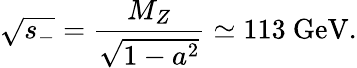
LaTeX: \sqrt{s_{-}}=\frac{M_{Z}}{\sqrt{1-a^{2}}}\simeq 113~\mathrm{GeV}.